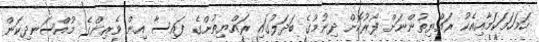
ހަމަހަމަކަމާއިއެކު ރައްޔިތުންނަށް ފޯރުކޮށް ދިނުމުގެ ބަދަލުގައި ރައްޔިތުންގެ ފައިސާ އިން ވެރިންގެ މުއްސަނދިކަން